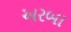
અરબા